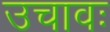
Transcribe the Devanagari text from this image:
उचावः